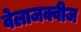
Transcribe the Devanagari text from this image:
वेलाजक्वीज